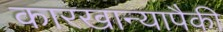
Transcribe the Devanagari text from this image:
कारखान्यापैकी